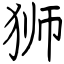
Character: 狮